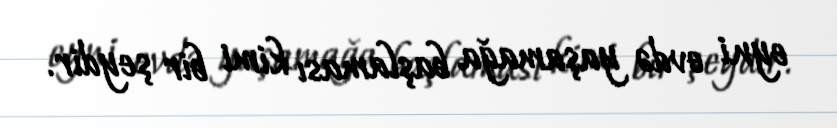
eyni evdə yaşamağa başlaması kimi bir şeydir.